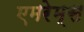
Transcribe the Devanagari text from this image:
एमरेम्स